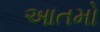
આતમો